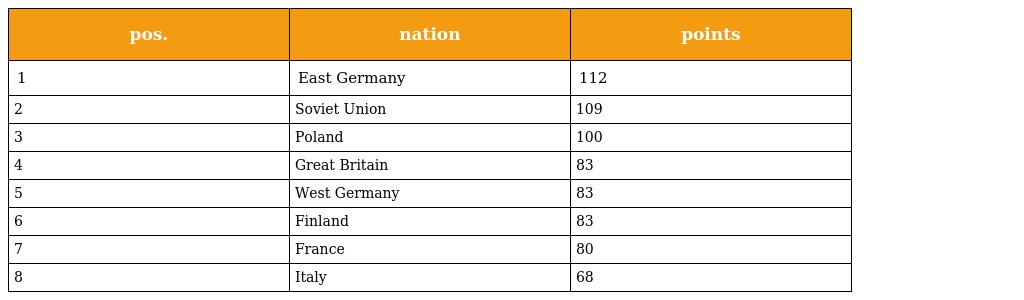
| pos. | nation | points |
 | --- | --- | --- |
 | 1 | East Germany | 112 |
 | 2 | Soviet Union | 109 |
 | 3 | Poland | 100 |
 | 4 | Great Britain | 83 |
 | 5 | West Germany | 83 |
 | 6 | Finland | 83 |
 | 7 | France | 80 |
 | 8 | Italy | 68 |